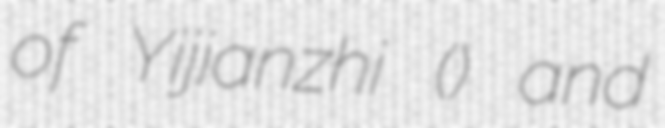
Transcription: of Yijianzhi (夷堅志) and